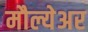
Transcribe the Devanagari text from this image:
मौल्येअर